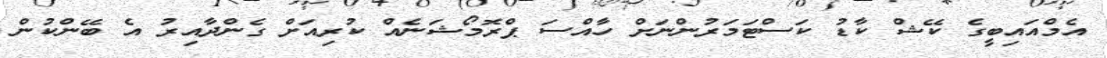
އެމްއައިބީގެ ކޭޝް ކާޑު ކަސްޓަމަރުންނަށް ހާއްސަ ޕްރޮމޯޝަނެއް ކުރިއަށް ގެންދާއިރު އެ ބޭންކުން